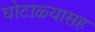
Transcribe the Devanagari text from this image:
घोटाळ्यासह